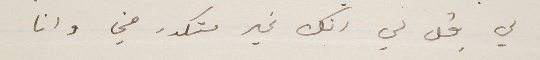
لي قل لي انك غير متكدر مني وانا